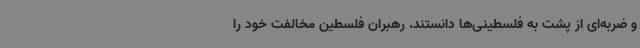
و ضربه‌ای از پشت به فلسطینی‌ها دانستند. رهبران فلسطین مخالفت خود را